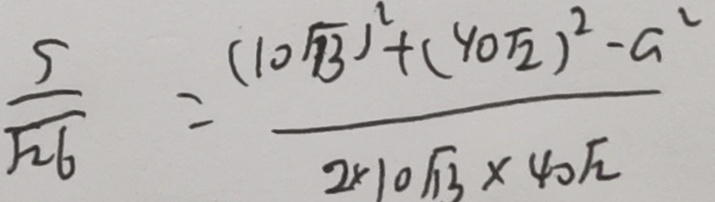
\frac { S } { \sqrt { 2 6 } } = \frac { ( 1 0 \sqrt { 1 3 } ) ^ { 2 } + ( 4 0 \sqrt { 2 } ) ^ { 2 } - a ^ { 2 } } { 2 \times 1 0 \sqrt { 3 } \times 4 0 \sqrt { 2 } }